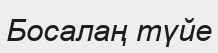
Босалаң түйе